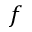
f